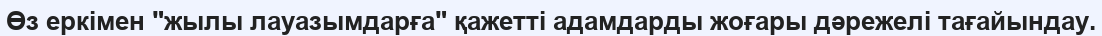
Өз еркімен "жылы лауазымдарға" қажетті адамдарды жоғары дәрежелі тағайындау.